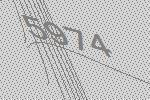
5974